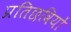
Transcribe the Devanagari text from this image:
प्रतिछवियों